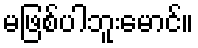
မဖြစ်ပါဘူးမောင်။